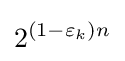
2^{(1-\varepsilon _{k})n}